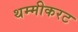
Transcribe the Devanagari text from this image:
थम्मीकरट